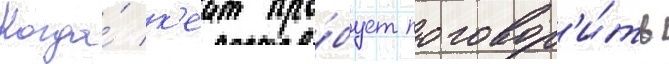
Когда́ к'еит про́бует поговор'и́ть